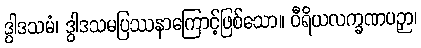
ဒွါဒသမံ၊ ဒွါဒသမပြဿနာကြောင့်ဖြစ်သော။ ဝီရိယလက္ခဏပဉှာ၊